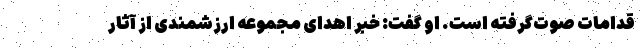
قدامات صوت‌گرفته است. او گفت:‌ خبر اهدای مجموعه ارزشمندی از آثار